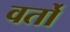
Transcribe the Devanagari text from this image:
वर्तो